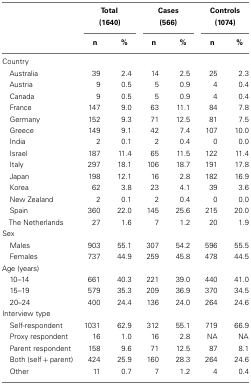
<table><thead><tr><td></td><td colspan="2"><b>Total</b></td><td colspan="2"><b>Cases</b></td><td colspan="2"><b>Controls</b></td></tr><tr><td></td><td colspan="2"><b>(1640)</b></td><td colspan="2"><b>(566)</b></td><td colspan="2"><b>(1074)</b></td></tr><tr><td></td><td><b>n</b></td><td><b>%</b></td><td><b>n</b></td><td><b>%</b></td><td><b>n</b></td><td><b>%</b></td></tr></thead><tbody><tr><td colspan="7">Country</td></tr><tr><td> Australia</td><td>39</td><td>2.4</td><td>14</td><td>2.5</td><td>25</td><td>2.3</td></tr><tr><td> Austria</td><td>9</td><td>0.5</td><td>5</td><td>0.9</td><td>4</td><td>0.4</td></tr><tr><td> Canada</td><td>9</td><td>0.5</td><td>5</td><td>0.9</td><td>4</td><td>0.4</td></tr><tr><td> France</td><td>147</td><td>9.0</td><td>63</td><td>11.1</td><td>84</td><td>7.8</td></tr><tr><td> Germany</td><td>152</td><td>9.3</td><td>71</td><td>12.5</td><td>81</td><td>7.5</td></tr><tr><td> Greece</td><td>149</td><td>9.1</td><td>42</td><td>7.4</td><td>107</td><td>10.0</td></tr><tr><td> India</td><td>2</td><td>0.1</td><td>2</td><td>0.4</td><td>0</td><td>0.0</td></tr><tr><td> Israel</td><td>187</td><td>11.4</td><td>65</td><td>11.5</td><td>122</td><td>11.4</td></tr><tr><td> Italy</td><td>297</td><td>18.1</td><td>106</td><td>18.7</td><td>191</td><td>17.8</td></tr><tr><td> Japan</td><td>198</td><td>12.1</td><td>16</td><td>2.8</td><td>182</td><td>16.9</td></tr><tr><td> Korea</td><td>62</td><td>3.8</td><td>23</td><td>4.1</td><td>39</td><td>3.6</td></tr><tr><td> New Zealand</td><td>2</td><td>0.1</td><td>2</td><td>0.4</td><td>0</td><td>0.0</td></tr><tr><td> Spain</td><td>360</td><td>22.0</td><td>145</td><td>25.6</td><td>215</td><td>20.0</td></tr><tr><td> The Netherlands</td><td>27</td><td>1.6</td><td>7</td><td>1.2</td><td>20</td><td>1.9</td></tr><tr><td>Sex</td></tr><tr><td> Males</td><td>903</td><td>55.1</td><td>307</td><td>54.2</td><td>596</td><td>55.5</td></tr><tr><td> Females</td><td>737</td><td>44.9</td><td>259</td><td>45.8</td><td>478</td><td>44.5</td></tr><tr><td>Age (years)</td></tr><tr><td> 10–14</td><td>661</td><td>40.3</td><td>221</td><td>39.0</td><td>440</td><td>41.0</td></tr><tr><td> 15–19</td><td>579</td><td>35.3</td><td>209</td><td>36.9</td><td>370</td><td>34.5</td></tr><tr><td> 20–24</td><td>400</td><td>24.4</td><td>136</td><td>24.0</td><td>264</td><td>24.6</td></tr><tr><td>Interview type</td></tr><tr><td> Self-respondent</td><td>1031</td><td>62.9</td><td>312</td><td>55.1</td><td>719</td><td>66.9</td></tr><tr><td> Proxy respondent</td><td>16</td><td>1.0</td><td>16</td><td>2.8</td><td>NA</td><td>NA</td></tr><tr><td> Parent respondent</td><td>158</td><td>9.6</td><td>71</td><td>12.5</td><td>87</td><td>8.1</td></tr><tr><td> Both (self + parent)</td><td>424</td><td>25.9</td><td>160</td><td>28.3</td><td>264</td><td>24.6</td></tr><tr><td> Other</td><td>11</td><td>0.7</td><td>7</td><td>1.2</td><td>4</td><td>0.4</td></tr></tbody></table>